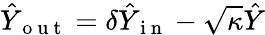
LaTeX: \hat{Y}_{\mathrm{~o~u~t~}}=\delta\hat{Y}_{\mathrm{~i~n~}}-\sqrt{\kappa}\hat{Y}